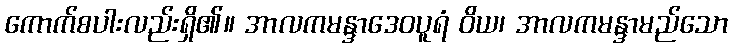
ကောက်စပါးလည်းရှိ၏။ အာလကမန္ဒာဒေဝပူရံ ဝိယ၊ အာလကမန္ဒာမည်သော